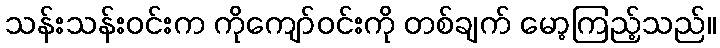
သန်းသန်းဝင်းက ကိုကျော်ဝင်းကို တစ်ချက် မော့ကြည့်သည်။